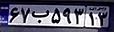
۶۷ب۵۹۳۱۳